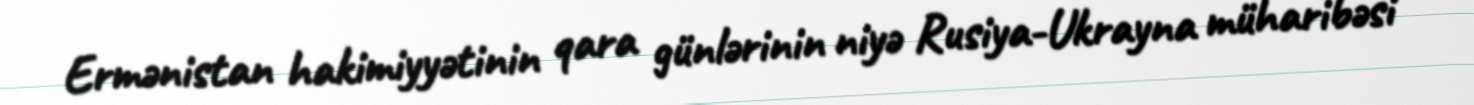
Ermənistan hakimiyyətinin qara günlərinin niyə Rusiya-Ukrayna müharibəsi